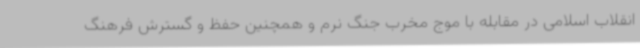
انقلاب اسلامی در مقابله با موج مخرب جنگ نرم و همچنین حفظ و گسترش فرهنگ